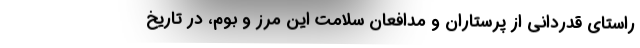
راستای قدردانی از پرستاران و مدافعان سلامت این مرز و بوم، در تاریخ